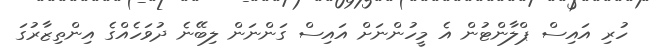
ހުރި އައިސް ޕްލާންޓުން އެ މީހުންނަށް އައިސް ގަންނަން ލިބޭނެ ދުވަހެއްގެ އިންތިޒާރުގަ